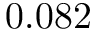
0 . 0 8 2